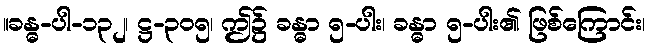
။ခန္ဓ-ပါ-၁၃၂၊ ဋ္ဌ-၃၀၅၊ ဤ၌ ခန္ဓာ ၅-ပါး၊ ခန္ဓာ ၅-ပါး၏ ဖြစ်ကြောင်း၊